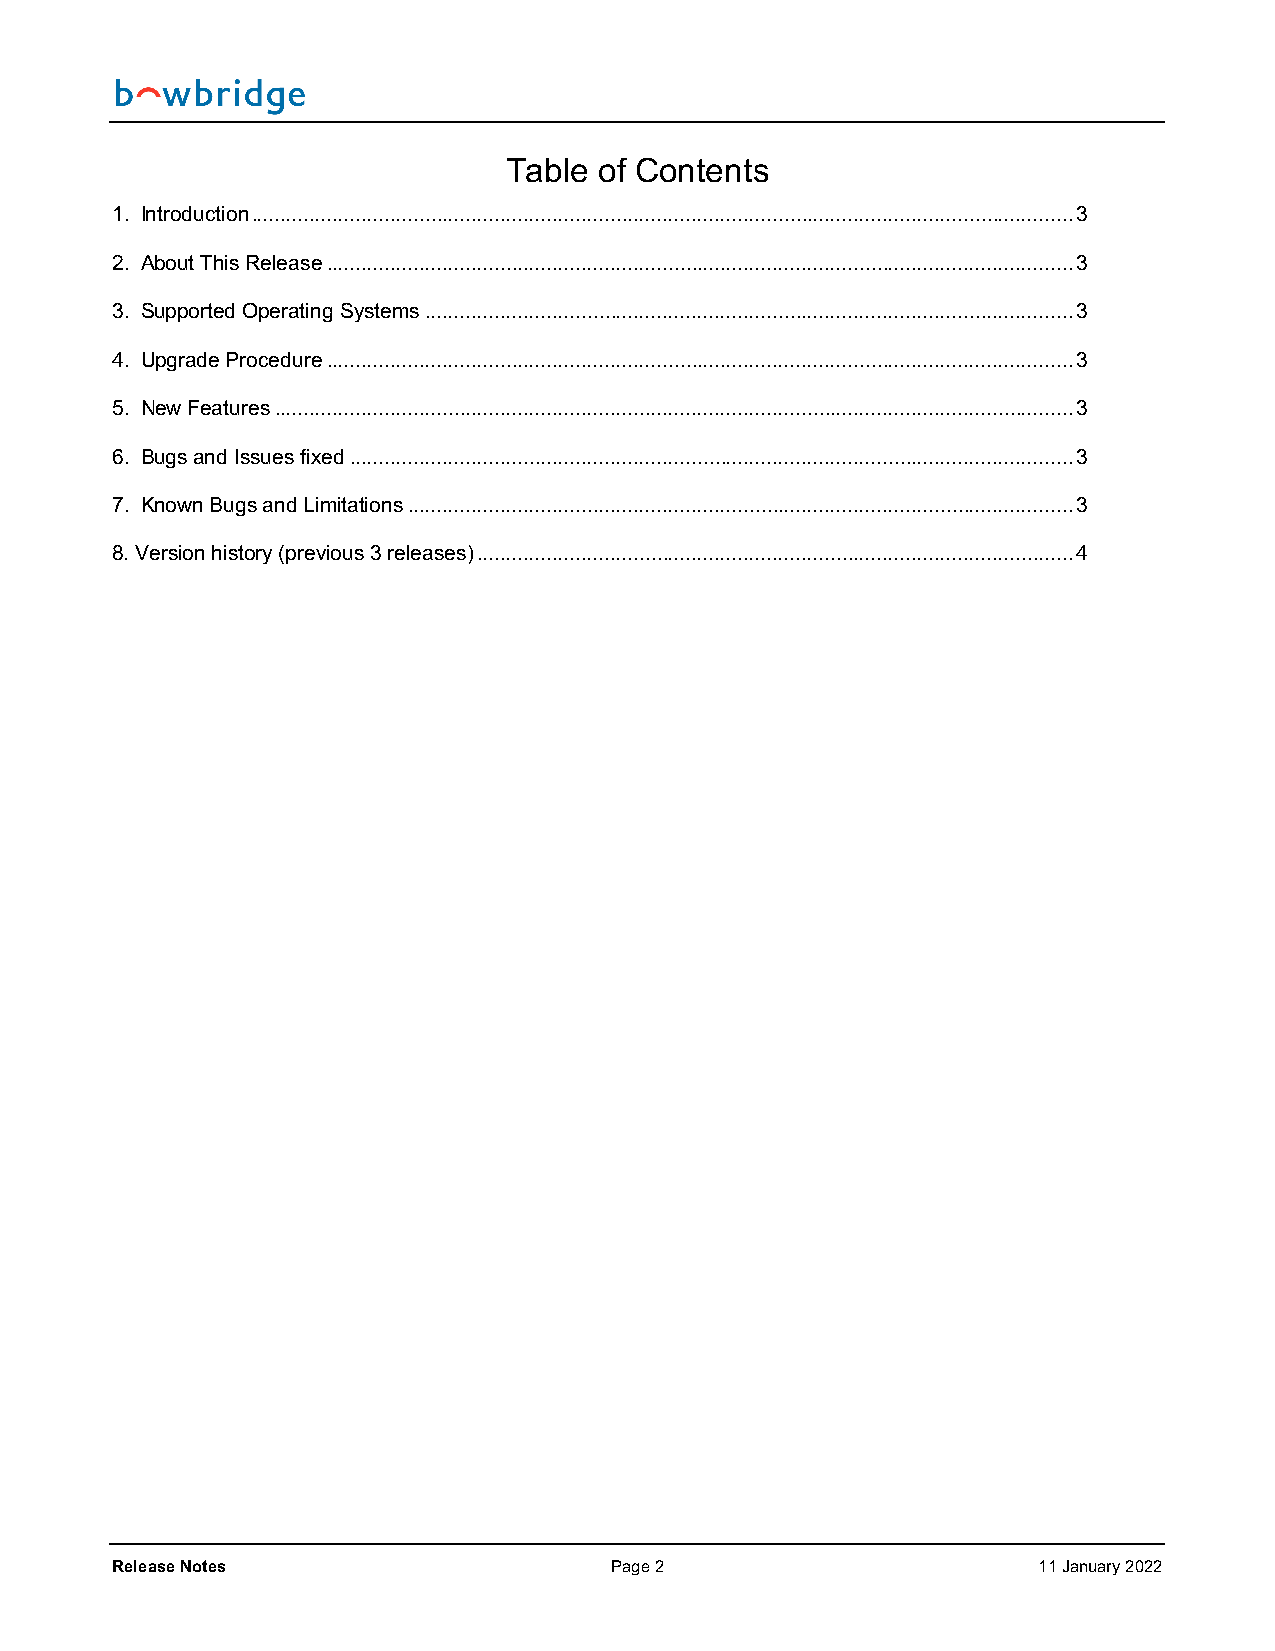
Table of Contents
 1. Introduction .............................................................................................................................................. 3
 2. About This Release ................................................................................................................................. 3
 3. Supported Operating Systems ................................................................................................................ 3
 4. Upgrade Procedure ................................................................................................................................. 3
 5. New Features .......................................................................................................................................... 3
 6. Bugs and Issues fixed ............................................................................................................................. 3
 7. Known Bugs and Limitations ................................................................................................................... 3
 8. Version history (previous 3 releases) ....................................................................................................... 4
 Release Notes                    Page 2                       11 January 2022